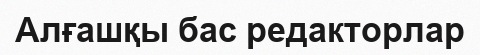
Алғашқы бас редакторлар